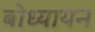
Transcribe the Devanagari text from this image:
बोध्यायन